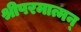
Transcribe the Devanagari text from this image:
श्रीपरमात्मन्